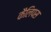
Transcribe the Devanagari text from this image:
कैलिपस